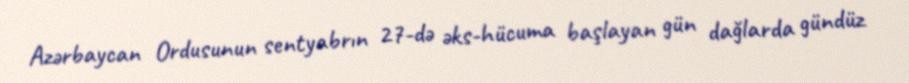
Azərbaycan Ordusunun sentyabrın 27-də əks-hücuma başlayan gün dağlarda gündüz